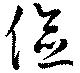
儉